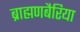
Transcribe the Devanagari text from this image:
ब्राह्मणबैरिया